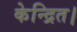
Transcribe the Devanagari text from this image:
केन्द्रित।